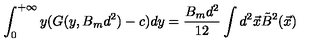
\int _ { 0 } ^ { + \infty } y ( G ( y , B _ { m } d ^ { 2 } ) - c ) d y = \frac { B _ { m } d ^ { 2 } } { 1 2 } \int d ^ { 2 } \vec { x } \tilde { B } ^ { 2 } ( \vec { x } )